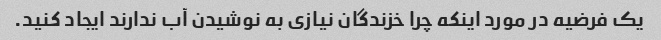
یک فرضیه در مورد اینکه چرا خزندگان نیازی به نوشیدن آب ندارند ایجاد کنید.